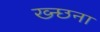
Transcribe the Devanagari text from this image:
ख्न्छना